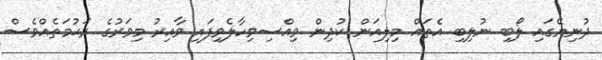
ދުނިޔޭގައި ލޯބި ނުލިބި އެތައް މިލިއަން ކުދިން ވިއްސިވިހާލެވިފައި ވާއިރު މިވަރުގެ ރަޙުމަތެއްވެސް